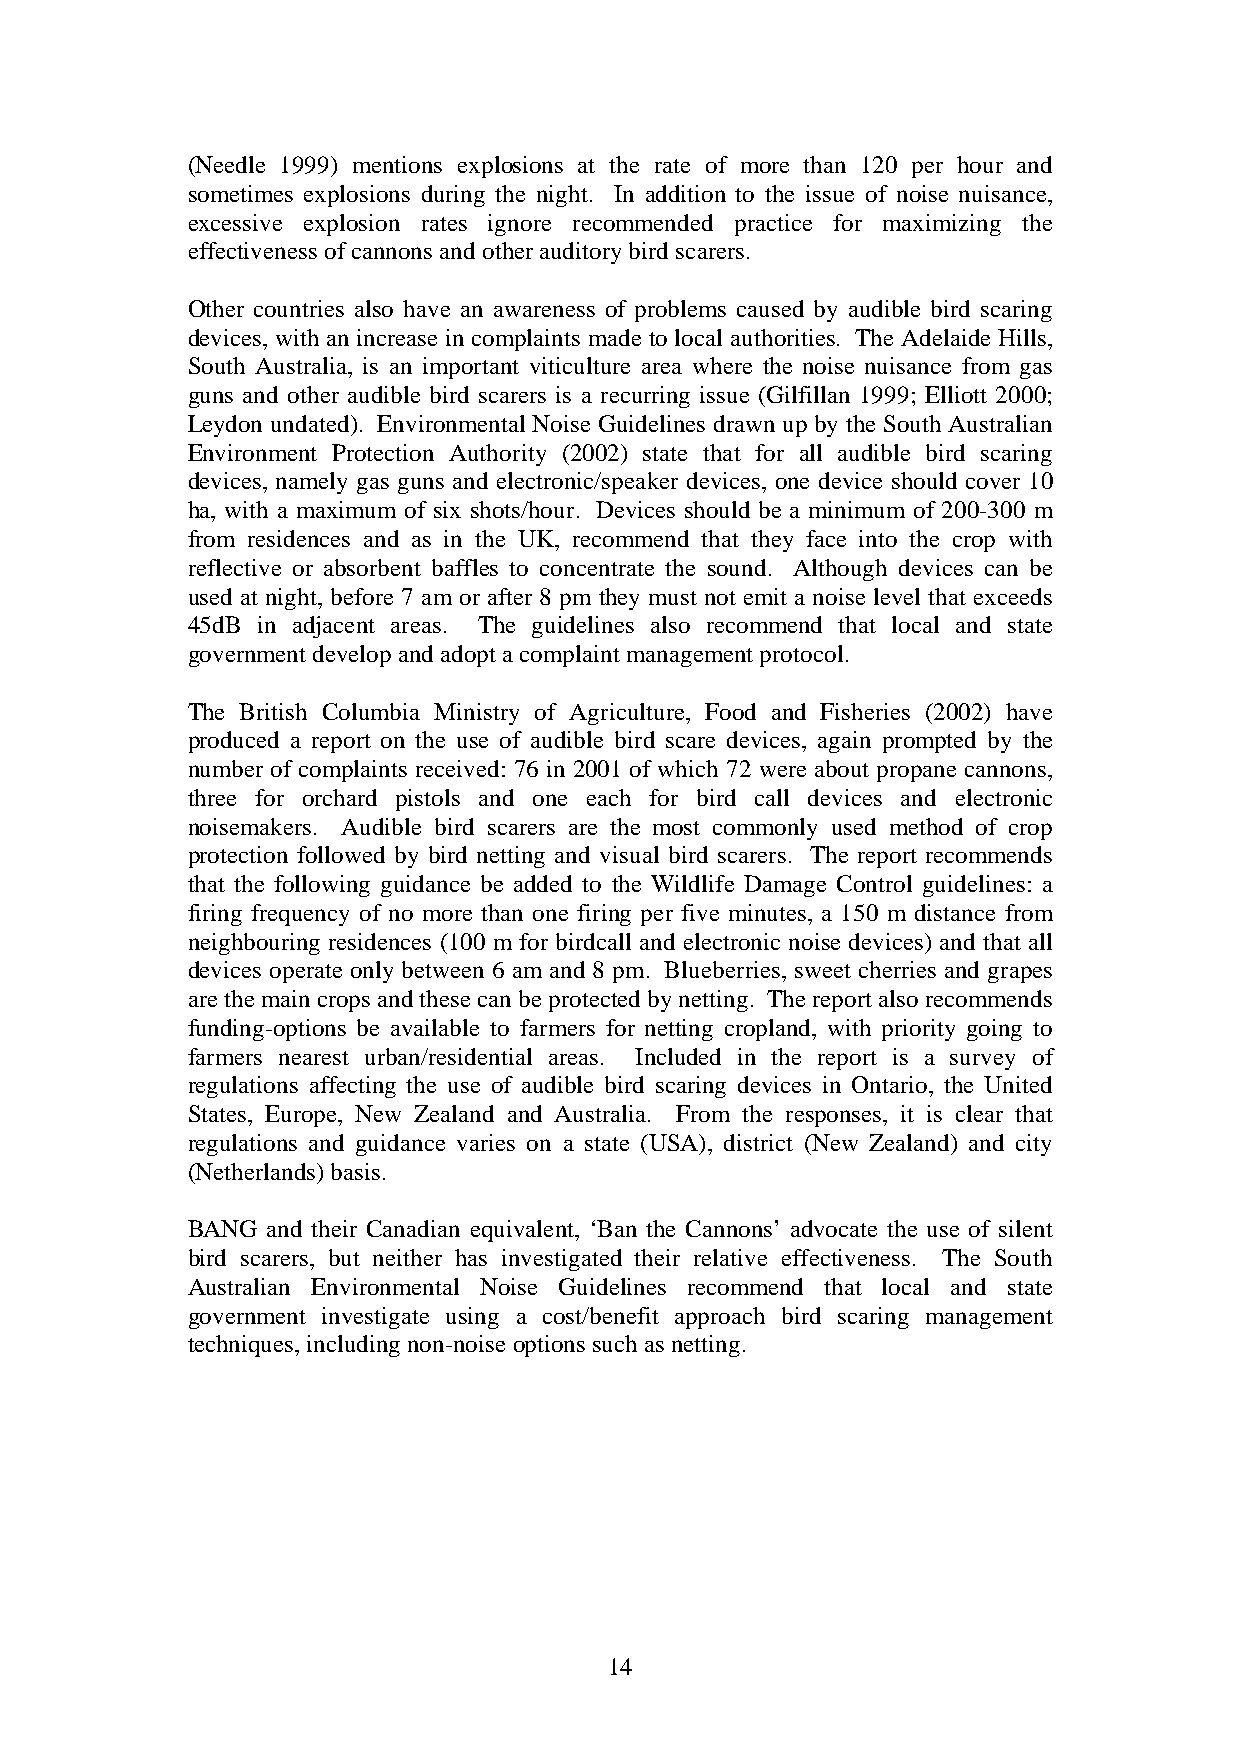
(Needle 1999) mentions explosions at the rate of more than 120 per hour and
 sometimes explosions during the night. In addition to the issue of noise nuisance,
 excessive explosion rates ignore recommended practice for maximizing the
 effectiveness of cannons and other auditory bird scarers.
 Other countries also have an awareness of problems caused by audible bird scaring
 devices, with an increase in complaints made to local authorities. The Adelaide Hills,
 South Australia, is an important viticulture area where the noise nuisance from gas
 guns and other audible bird scarers is a recurring issue (Gilfillan 1999; Elliott 2000;
 Leydon undated). Environmental Noise Guidelines drawn up by the South Australian
 Environment Protection Authority (2002) state that for all audible bird scaring
 devices, namely gas guns and electronic/speaker devices, one device should cover 10
 ha, with a maximum of six shots/hour. Devices should be a minimum of 200-300 m
 from residences and as in the UK, recommend that they face into the crop with
 reflective or absorbent baffles to concentrate the sound. Although devices can be
 used at night, before 7 am or after 8 pm they must not emit a noise level that exceeds
 45dB in adjacent areas. The guidelines also recommend that local and state
 government develop and adopt a complaint management protocol.
 The British Columbia Ministry of Agriculture, Food and Fisheries (2002) have
 produced a report on the use of audible bird scare devices, again prompted by the
 number of complaints received: 76 in 2001 of which 72 were about propane cannons,
 three for orchard pistols and one each for bird call devices and electronic
 noisemakers. Audible bird scarers are the most commonly used method of crop
 protection followed by bird netting and visual bird scarers. The report recommends
 that the following guidance be added to the Wildlife Damage Control guidelines: a
 firing frequency of no more than one firing per five minutes, a 150 m distance from
 neighbouring residences (100 m for birdcall and electronic noise devices) and that all
 devices operate only between 6 am and 8 pm. Blueberries, sweet cherries and grapes
 are the main crops and these can be protected by netting. The report also recommends
 funding-options be available to farmers for netting cropland, with priority going to
 farmers nearest urban/residential areas. Included in the report is a survey of
 regulations affecting the use of audible bird scaring devices in Ontario, the United
 States, Europe, New Zealand and Australia. From the responses, it is clear that
 regulations and guidance varies on a state (USA), district (New Zealand) and city
 (Netherlands) basis.
 BANG  and their Canadian equivalent, ‘Ban the Cannons’ advocate the use of silent
 bird scarers, but neither has investigated their relative effectiveness. The South
 Australian Environmental Noise Guidelines recommend that local and state
 government investigate using a cost/benefit approach bird scaring management
 techniques, including non-noise options such as netting.
 14